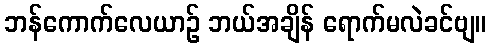
ဘန်ကောက်လေယာဉ် ဘယ်အချိန် ရောက်မလဲခင်ဗျ။